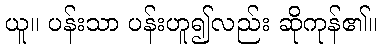
ယူ။ ပန်းသာ ပန်းဟူ၍လည်း ဆိုကုန်၏။